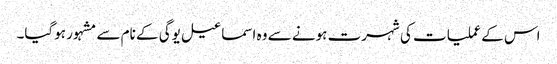
اس کے عملیات کی شہرت ہونے سے وہ اسماعیل یوگی کے نام سے مشہور ہوگیا۔